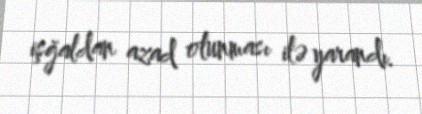
işğaldan azad olunması ilə yarandı.